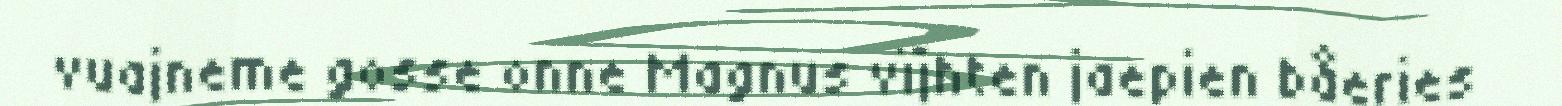
vuajneme gosse onne Magnus vïjhten jaepien båeries